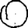
Digit: 0